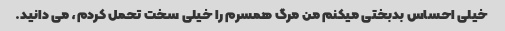
خیلی احساس بدبختی میکنم من مرگ همسرم را خیلی سخت تحمل کردم، می دانید.